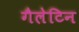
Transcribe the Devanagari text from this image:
गैलेटिन